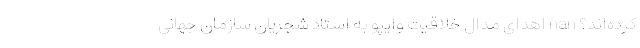
کرده‌اند؟ nan اهدای مدال خلاقیت وایپو به استاد شجریان سازمان جهانی